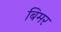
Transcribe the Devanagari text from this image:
बिमर